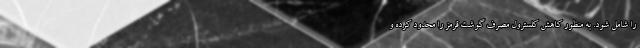
را شامل شود. به منظور کاهش کلسترول مصرف گوشت قرمز را محدود کرده و